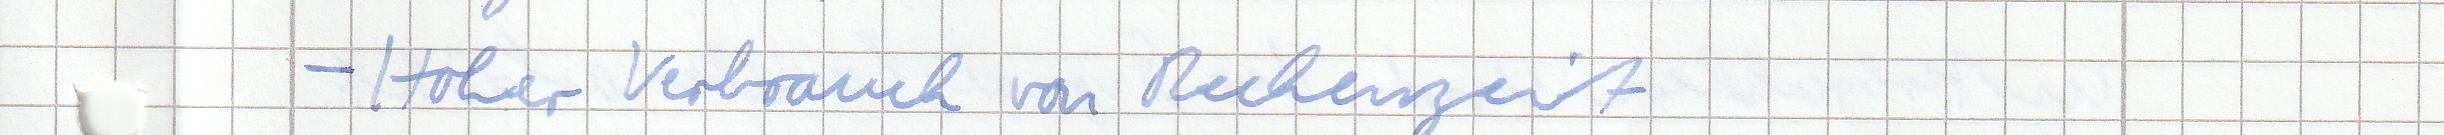
- Hoher Verbrauch von Rechenzeit